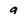
Character: 9